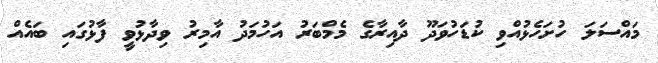
މައްސަލަ ހުށަހެޅުއްވި ކުޑަހުވަދޫ ދާއިރާގެ މެމްބަރު އަހުމަދު އާމިރު ވިދާޅުވީ ފާޅުގައި ބައެއް